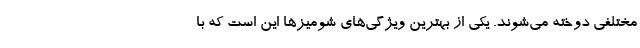
مختلفی دوخته می‌شوند. یکی از بهترین ویژگی‌های شومیزها این است که با